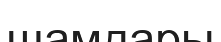
шамдары